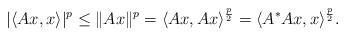
LaTeX: \begin{align*}|\langle Ax, x \rangle|^{p} \leq \|Ax \|^{p} = \langle Ax, Ax \rangle^{p \over 2} = \langle A^*Ax, x \rangle^{p \over 2}. \end{align*}